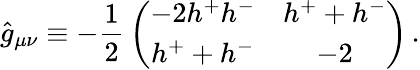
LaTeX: \hat{g}_{\mu\nu}\equiv-\frac 12\, \left(\begin{array}{cc}{{-2h^{+}h^{-}}}&{{h^{+}+h^{-}}}\\ {{h^{+}+h^{-}}}&{{-2}}\end{array}\right)\, .